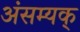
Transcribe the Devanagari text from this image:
अंसम्यक्